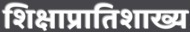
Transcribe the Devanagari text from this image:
शिक्षाप्रातिशाख्य